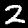
Label: 2